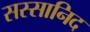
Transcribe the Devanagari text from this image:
सस्सानिद